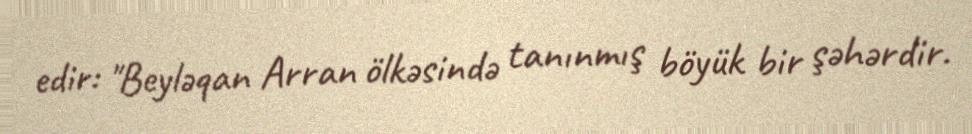
edir: "Beyləqan Arran ölkəsində tanınmış böyük bir şəhərdir.